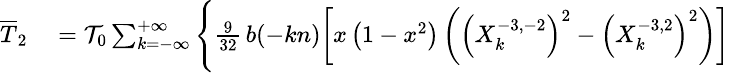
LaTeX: \small\begin{array}{rl}{\overline{T}_{2}}&{{}={\cal T}_{0}\sum_{k=-\infty}^{+\infty}\Bigg\{ \frac{9}{32}\, b(-kn)\bigg[x\left(1-x^{2}\right)\left(\left(X_{k}^{-3,-2}\right)^{2}-\left(X_{k}^{-3,2}\right)^{2}\right)\bigg]}\end{array}